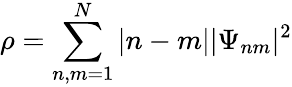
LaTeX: \rho=\sum_{n,m=1}^{N}|n-m||\Psi_{nm}|^{2}